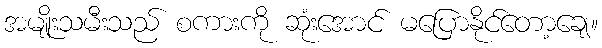
အမျိုးသမီးသည် စကားကို ဆုံးအောင် မပြောနိုင်တော့ချေ။